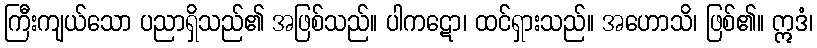
ကြီးကျယ်သော ပညာရှိသည်၏ အဖြစ်သည်။ ပါကဋော၊ ထင်ရှားသည်။ အဟောသိ၊ ဖြစ်၏။ ဣဒံ၊